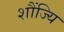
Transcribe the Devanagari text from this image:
शौंज्यि